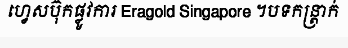
ហ្វេសប៊ុកផ្លូវការ Eragold Singapore ។បទកន្ត្រាក់